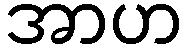
အာဟ